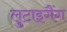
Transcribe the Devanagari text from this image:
लुटाइगैंग